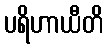
ပရိဟာယီတိ